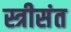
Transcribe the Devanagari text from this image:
स्त्रीसंत